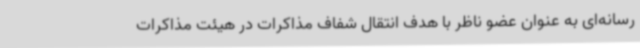
رسانه‌ای به عنوان عضو ناظر با هدف انتقال شفاف مذاکرات در هیئت مذاکرات